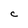
Character: C